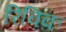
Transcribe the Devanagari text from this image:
रिविक